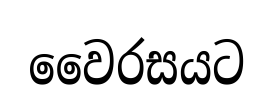
වෛරසයට